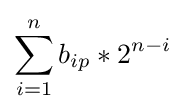
\sum _{i=1}^{n}b_{ip}*2^{n-i}